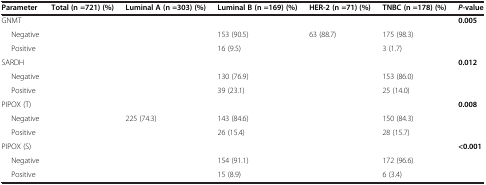
<table><thead><tr><td><b>Parameter</b></td><td><b>Total (n =721) (%)</b></td><td><b>Luminal A (n =303) (%)</b></td><td><b>Luminal B (n =169) (%)</b></td><td><b>HER-2 (n =71) (%)</b></td><td><b>TNBC (n =178) (%)</b></td><td><b><i>P</i>-value</b></td></tr></thead><tbody><tr><td>GNMT</td><td>[EMPTY_CELL]</td><td>[EMPTY_CELL]</td><td>[EMPTY_CELL]</td><td>[EMPTY_CELL]</td><td>[EMPTY_CELL]</td><td><b>0.005</b></td></tr><tr><td>Negative</td><td>[EMPTY_CELL]</td><td>[EMPTY_CELL]</td><td>153 (90.5)</td><td>63 (88.7)</td><td>175 (98.3)</td><td>[EMPTY_CELL]</td></tr><tr><td>Positive</td><td>[EMPTY_CELL]</td><td>[EMPTY_CELL]</td><td>16 (9.5)</td><td>[EMPTY_CELL]</td><td>3 (1.7)</td><td>[EMPTY_CELL]</td></tr><tr><td>SARDH</td><td>[EMPTY_CELL]</td><td>[EMPTY_CELL]</td><td>[EMPTY_CELL]</td><td>[EMPTY_CELL]</td><td>[EMPTY_CELL]</td><td><b>0.012</b></td></tr><tr><td>Negative</td><td>[EMPTY_CELL]</td><td>[EMPTY_CELL]</td><td>130 (76.9)</td><td>[EMPTY_CELL]</td><td>153 (86.0)</td><td>[EMPTY_CELL]</td></tr><tr><td>Positive</td><td>[EMPTY_CELL]</td><td>[EMPTY_CELL]</td><td>39 (23.1)</td><td>[EMPTY_CELL]</td><td>25 (14.0)</td><td>[EMPTY_CELL]</td></tr><tr><td>PIPOX (T)</td><td>[EMPTY_CELL]</td><td>[EMPTY_CELL]</td><td>[EMPTY_CELL]</td><td>[EMPTY_CELL]</td><td>[EMPTY_CELL]</td><td><b>0.008</b></td></tr><tr><td>Negative</td><td>[EMPTY_CELL]</td><td>225 (74.3)</td><td>143 (84.6)</td><td>[EMPTY_CELL]</td><td>150 (84.3)</td><td>[EMPTY_CELL]</td></tr><tr><td>Positive</td><td>[EMPTY_CELL]</td><td>[EMPTY_CELL]</td><td>26 (15.4)</td><td>[EMPTY_CELL]</td><td>28 (15.7)</td><td>[EMPTY_CELL]</td></tr><tr><td>PIPOX (S)</td><td>[EMPTY_CELL]</td><td>[EMPTY_CELL]</td><td>[EMPTY_CELL]</td><td>[EMPTY_CELL]</td><td>[EMPTY_CELL]</td><td><b>&lt;0.001</b></td></tr><tr><td>Negative</td><td>[EMPTY_CELL]</td><td>[EMPTY_CELL]</td><td>154 (91.1)</td><td>[EMPTY_CELL]</td><td>172 (96.6)</td><td>[EMPTY_CELL]</td></tr><tr><td>Positive</td><td>[EMPTY_CELL]</td><td>[EMPTY_CELL]</td><td>15 (8.9)</td><td>[EMPTY_CELL]</td><td>6 (3.4)</td><td>[EMPTY_CELL]</td></tr></tbody></table>